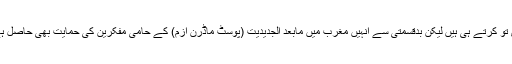
معاشرے کے سدھار کے لیے یہ لوگ اپنے مبینہ مشن کی آفاقی منظوری کا دعویٰ تو کرتے ہی ہیں لیکن بدقسمتی سے انہیں مغرب میں مابعد الجدیدیت (پوسٹ ماڈرن ازم) کے حامی مفکرین کی حمایت بھی حاصل ہے جو جدید سائنسی حقائق کو محض ایک معاشرتی اور لسانی تصور گردانتے ہیں ۔